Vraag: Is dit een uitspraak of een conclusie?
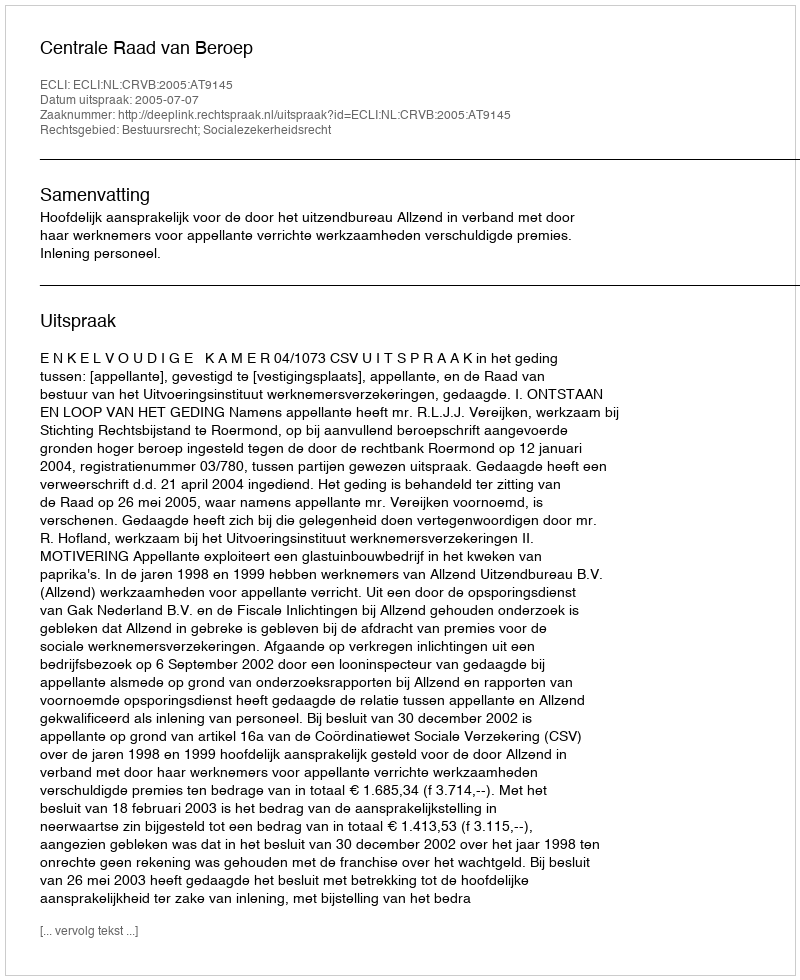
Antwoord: Uitspraak